Leaving Certificate, 1898
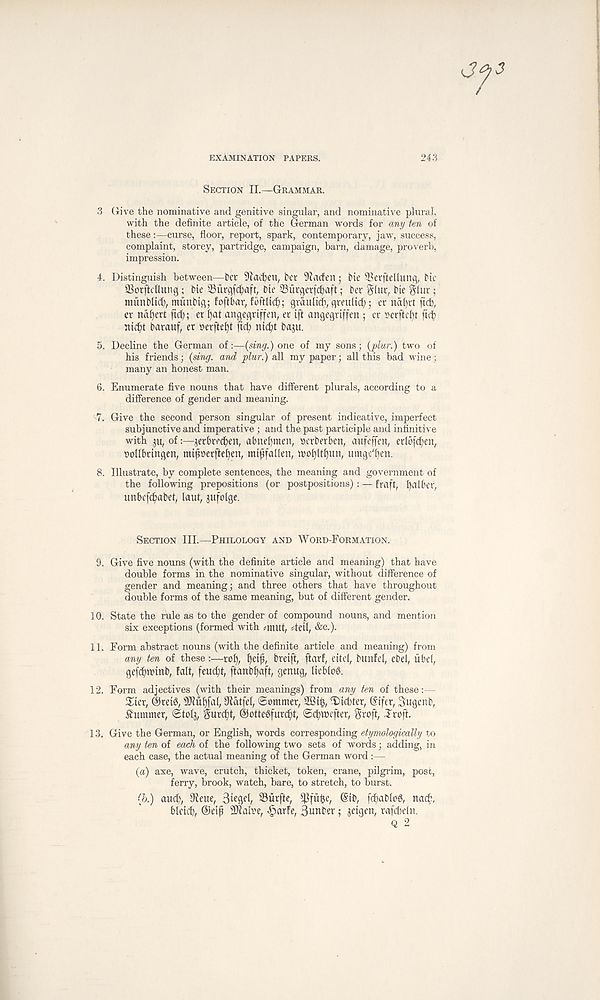
EXAMINATION PAPERS.
243
Section II.—Grammar.
3 Give the nominative and genitive singular, and nominative plural,
with the definite article, of the German words for any ten of
these:—curse, floor, report, spark, contemporary, jaw, success,
complaint, storey, partridge, campaign, barn, damage, proverb,
impression.
4. Distinguish between—t>er 9iacfyen, bet 9Iacfen; bie 53erftellung, bic
SSorffdlung; bic iBurcjfdjaft, bte 23urger|d)aft; ber glut, bte Slut;
munblid;, munbtg; foftbar,
graulicb, qmtlicf;; er na()rt ftcfc,
er nafjert ftd); et l)at angegrtffen, er iff angegriffen ; er »erftef)t
nic^t barauf, er »erftel)t fid) nic^t baju.
5. Decline the German of:—{sing.) one of my sons; {plur.) two of
his friends; {sing, and plur.) all my paper; all this bad wine;
many an honest man.
6. Enumerate five nouns that have different plurals, according to a
difference of gender and meaning.
7. Give the second person singular of present indicative, imperfect
subjunctive and imperative ; and the past participle and infinitive
with ju, of:—jerbrrdjen, almefymen, »erberben, aufeffen, erlbfdjen,
pollbrtngen, mijmrfteljen, mifjfalkn,
umgc' ben.
8. Illustrate, by complete sentences, the meaning and government of
the following prepositions (or postpositions): — fra ft, l)albcv,
unbcfc^abet, laut, jufolgc.
Section III.—Philology and Word-Formation.
9. Give five nouns (with the definite article and meaning) that have
double forms in the nominative singular, without difference of
gender and meaning; and three others that have throughout
double forms of the same meaning, but of different gender.
10. State the rule as to the gender of compound nouns, and mention
six exceptions (formed with *mut, 4eU, &e.).
11. Form abstract nouns (with the definite article and meaning) from
any ten of these:—rof),
bteiff, ftarf, eitd, bunfel, ebef, libel,
gefdjttnnb, fait, feucth, ftanbffaft, genug, liebloS.
12. Form adjectives (with their meanings) from any ten of these:—
Xiex, @m3, SKiifjfal, 9iatfel, Sommer, 22tty T)id)ter, (lifer, Sugenb,
Summer, Stolj, gurd^t, ©ottegfurc^t, Sc^mefter, groft, Jroft.
13. Give the German, or English, words corresponding etymologically to
any ten of each of the following two sets of words; adding, in
each case, the actual meaning of the German word :—
(a) axe, wave, crutch, thicket, token, crane, pilgrim, post,
ferry, brook, watch, bare, to stretch, to burst.
(h.) aud), 9teue, B^gel, S3urffe, 93fufce, Sib, fd)ablo8, rtacb,
blcid), ©etfi Sttalre, «§arfe, 3unber; ^eigen, rafdteln.